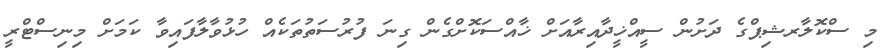
މި ސްކޮލާރޝިޕްގެ ދަށުން ސީއްޚީދާއިރާއަށް ޚާއްސަކޮށްގެން ގިނަ ފުރުސަތުތަކެއް ހުޅުވާލާފައިވާ ކަމަށް މިނިސްޓްރީ